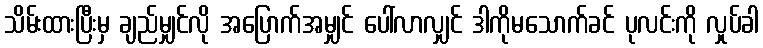
သိမ်းထားပြီးမှ ချည်မျှင်လို အပြောက်အမျှင် ပေါ်လာလျှင် ဒါကိုမသောက်ခင် ပုလင်းကို လှုပ်ခါ